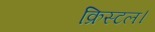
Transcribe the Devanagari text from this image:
क्रिस्टल।